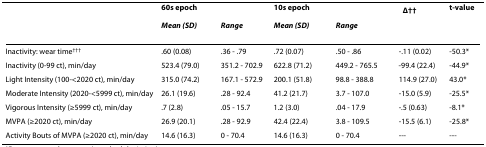
<table><thead><tr><td></td><td colspan="2"><b>60s epoch</b></td><td colspan="2"><b>10s epoch</b></td><td><b>Δ<sup>††</sup></b></td><td><b>t-value</b></td></tr><tr><td></td><td><b><i>Mean (SD)</i></b></td><td><b><i>Range</i></b></td><td><b><i>Mean (SD)</i></b></td><td><b><i>Range</i></b></td><td></td><td></td></tr></thead><tbody><tr><td>Inactivity: wear time<sup>†††</sup></td><td>.60 (0.08)</td><td>.36 - .79</td><td>.72 (0.07)</td><td>.50 - .86</td><td>-.11 (0.02)</td><td>-50.3*</td></tr><tr><td>Inactivity (0-99 ct), min/day</td><td>523.4 (79.0)</td><td>351.2 - 702.9</td><td>622.8 (71.2)</td><td>449.2 - 765.5</td><td>-99.4 (22.4)</td><td>-44.9*</td></tr><tr><td>Light Intensity (100-&lt;2020 ct), min/day</td><td>315.0 (74.2)</td><td>167.1 - 572.9</td><td>200.1 (51.8)</td><td>98.8 - 388.8</td><td>114.9 (27.0)</td><td>43.0*</td></tr><tr><td>Moderate Intensity (2020-&lt;5999 ct), min/day</td><td>26.1 (19.6)</td><td>.28 - 92.4</td><td>41.2 (21.7)</td><td>3.7 - 107.0</td><td>-15.0 (5.9)</td><td>-25.5*</td></tr><tr><td>Vigorous Intensity (≥5999 ct), min/day</td><td>.7 (2.8)</td><td>.05 - 15.7</td><td>1.2 (3.0)</td><td>.04 - 17.9</td><td>-.5 (0.63)</td><td>-8.1*</td></tr><tr><td>MVPA (≥2020 ct), min/day</td><td>26.9 (20.1)</td><td>.28 - 92.9</td><td>42.4 (22.4)</td><td>3.8 - 109.5</td><td>-15.5 (6.1)</td><td>-25.8*</td></tr><tr><td>Activity Bouts of MVPA (≥2020 ct), min/day</td><td>14.6 (16.3)</td><td>0 - 70.4</td><td>14.6 (16.3)</td><td>0 - 70.4</td><td>---</td><td>---</td></tr></tbody></table>